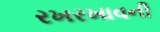
રખરખાવની